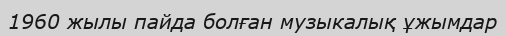
1960 жылы пайда болған музыкалық ұжымдар